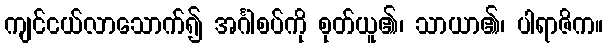
ကျင်ငယ်လာသောက်၍ အင်္ဂါစပ်ကို စုတ်ယူ၏၊ သာယာ၏၊ ပါရာဇိက။